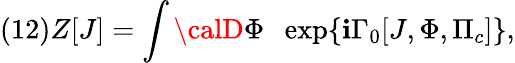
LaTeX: (12)Z[J]=\int{\calD}\Phi\; \; \exp\{ \mathbf{i}\Gamma_{0}[J,\Phi,\Pi_{c}]\} ,